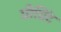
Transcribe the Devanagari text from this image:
प्रीप्रिंट